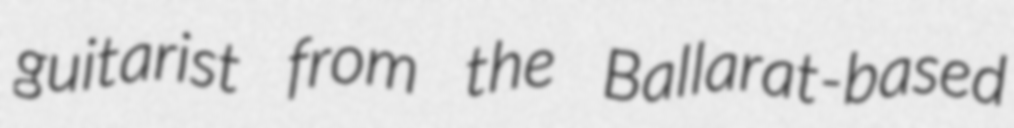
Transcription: guitarist from the Ballarat-based